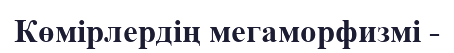
Көмірлердің мегаморфизмі -